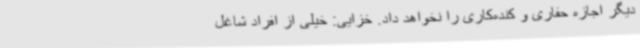
دیگر اجازه حفاری و کنده‌کاری را نخواهد داد. خزایی: خیلی از افراد شاغل